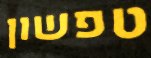
טפשון